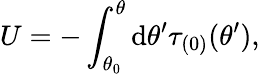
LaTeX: U=-\int_{\theta_{0}}^{\theta}\mathrm{d}\theta^{\prime}\tau_{(0)}(\theta^{\prime}),